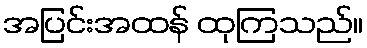
အပြင်းအထန် ထုကြသည်။